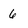
Character: 6